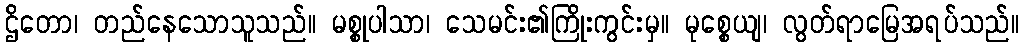
ဌိတော၊ တည်နေသောသူသည်။ မစ္စုပါသာ၊ သေမင်း၏ကြိုးကွင်းမှ။ မုစ္စေယျ၊ လွတ်ရာမြေအရပ်သည်။